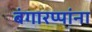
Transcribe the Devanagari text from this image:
बंगारप्पांना